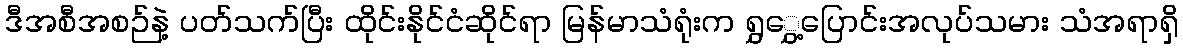
ဒီအစီအစဉ်နဲ့ ပတ်သက်ပြီး ထိုင်းနိုင်ငံဆိုင်ရာ မြန်မာသံရုံးက ရွှွှေ့ပြောင်းအလုပ်သမား သံအရာရှိ